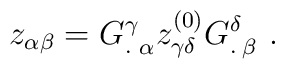
z_{\alpha\beta}={G^\gamma_{.}}_\alpha z_{\gamma\delta}^{(0)}{G^\delta_.}_\beta \ .